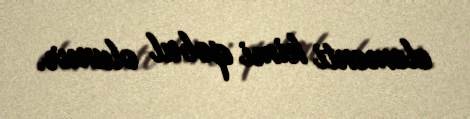
elementi kimi qəbul olunur.